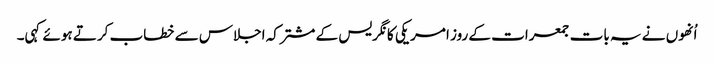
اُنھوں نے یہ بات جمعرات کے روز امریکی کانگریس کے مشترکہ اجلاس سے خطاب کرتے ہوئے کہی۔